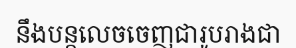
នឹងបន្តលេចចេញជារូបរាងជា